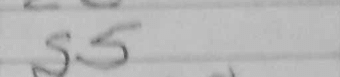
Transcription: g5